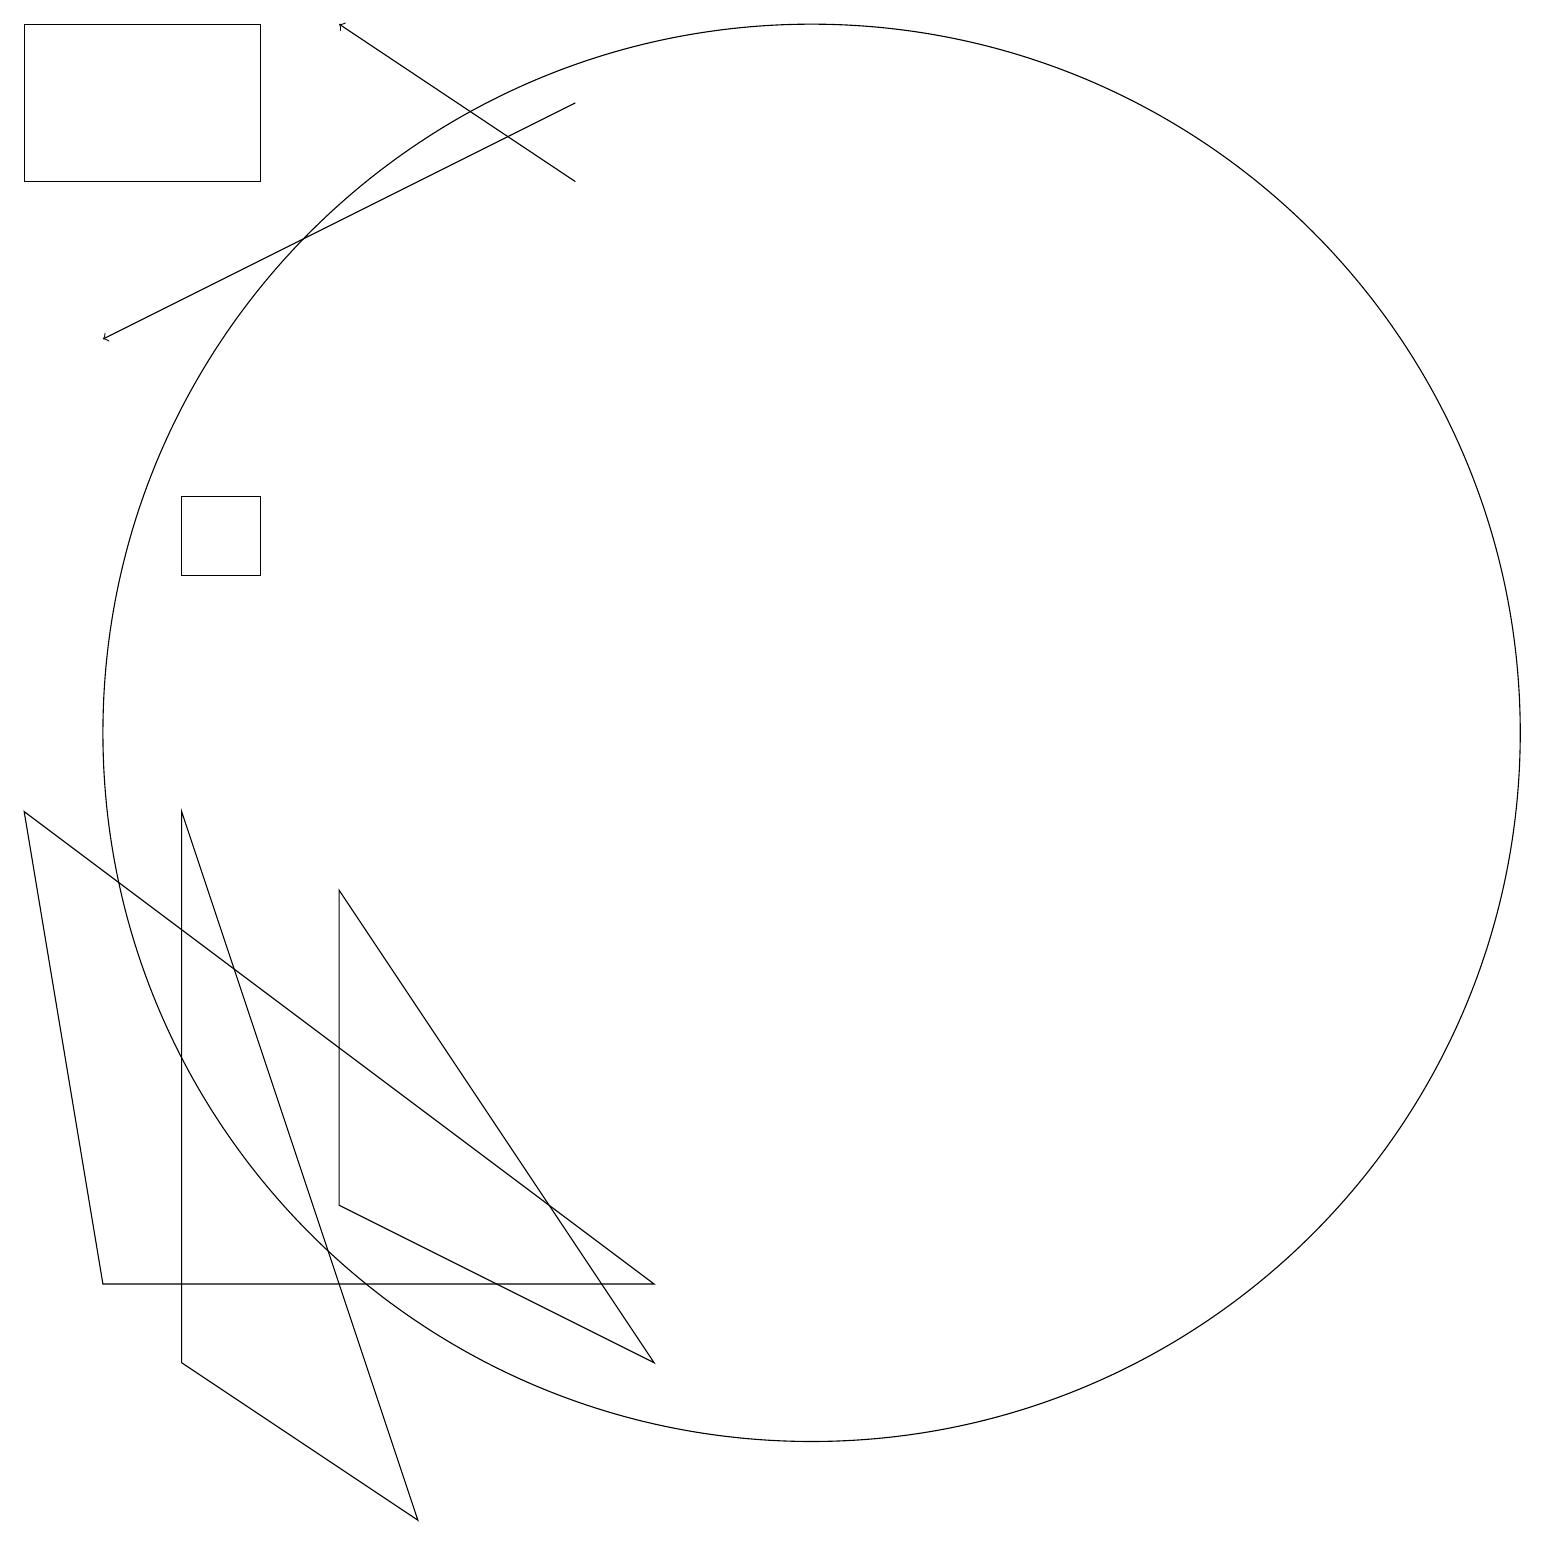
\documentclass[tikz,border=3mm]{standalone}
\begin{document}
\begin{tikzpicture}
\draw (3,2) -- (3,9) -- (6,0) -- cycle;
\draw (5,4) -- (9,2) -- (5,8) -- cycle;
\draw[->] (8,17) -- (5,19);
\draw[->] (8,18) -- (2,15);
\draw (11,10) circle (9);
\draw (1,17) rectangle (4,19);
\draw (9,3) -- (2,3) -- (1,9) -- cycle;
\draw (4,13) rectangle (3,12);
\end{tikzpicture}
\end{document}